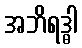
အဘိရဒ္ဓါ